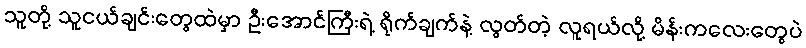
သူတို့ သူငယ်ချင်းတွေထဲမှာ ဦးအောင်ကြီးရဲ့ ရိုက်ချက်နဲ့ လွတ်တဲ့ လူရယ်လို့ မိန်းကလေးတွေပဲ